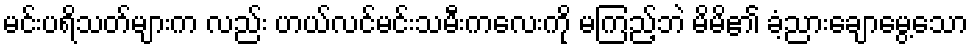
မင်းပရိသတ်များက လည်း ဟယ်လင်မင်းသမီးကလေးကို မကြည့်ဘဲ မိမိ၏ ခံ့ညားချောမွေ့သော